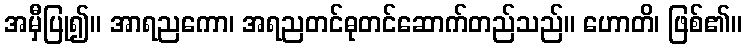
အမှီပြု၍။ အာရညကော၊ အရညတင်ဓုတင်ဆောက်တည်သည်။ ဟောတိ၊ ဖြစ်၏။